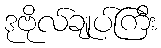
ဒုဗိုလ်ချုပ်ကြီး